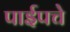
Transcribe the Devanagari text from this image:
पाईपचे